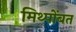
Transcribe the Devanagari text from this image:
मिथ्पोंबत